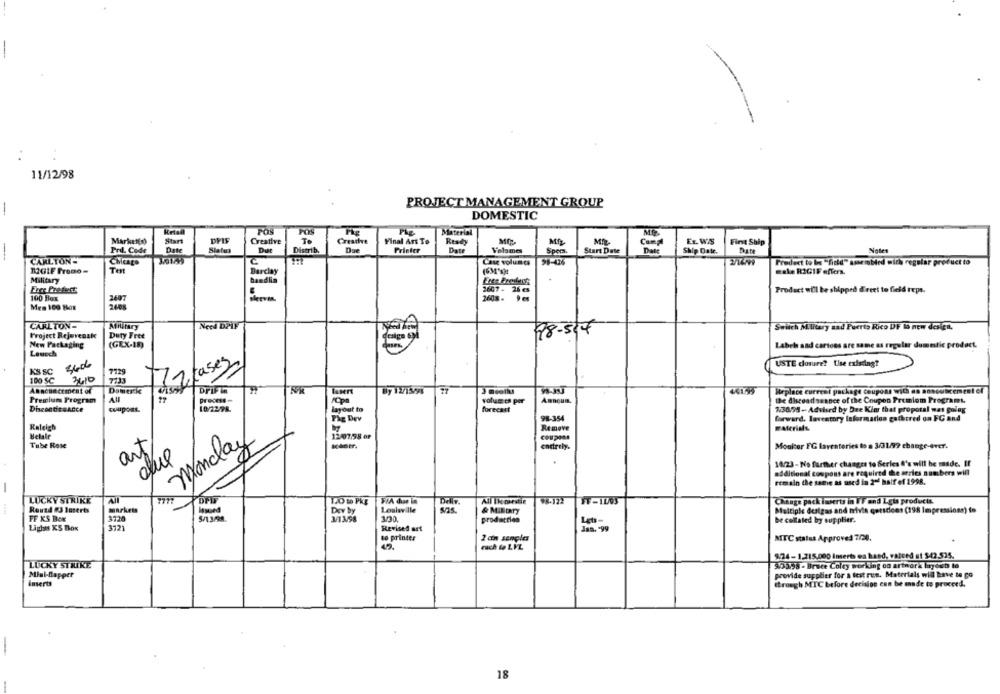
11/12/98
PROJECT MANAGEMENT GROUP
DOMESTIC
POS
Material
Market(s)
Start
DPIS
Creative
To
Creache
Final Art To
Ready
EL WIS
Fint Ship
Prd. Code
Date
Status
Distri b.
Printer
Date
Valsmes
Start Date
Ship Date.
Notes
-
CARLTON-
Chicago
Case volumes
Fredect to be "fidid" assembled with regular product to
12GIF Promo -
Tent
wake RIGIF offers.
Military
2607. 26 es
Product will be shipped direct to field reps.
100 Box
3607
Men 100 Box
2408
CARLTON-
Military
Switch Military sad Puerto Rico DF la new design,
98-514
Project Rejuvensk
Duty Free
New Packaging
(GEX-19)
Label and cartons are same as regular dummtic product.
Lawech
3406
Sac
USTE dosure? Use existing?
K'S SC
7729
100 SC
Announcement of
DrIF in
3 mooth
44159
Replace Current package coupons with an announcement of
Premium Program
Process-
volumes por
Amnoum.
the discoadseance of the Coupon Premiom Programs.
DisconticaAnce
coupons.
10729L
forecast
7.3058 - Advird by Dre Kim that proposal was going
98-354
forward, laventory Information gathered on FC and
RE Dev
Raleigh
materias
Belale
12/07:58 or
coupons
Tube Rose
art
monday
endrely.
Monitor FG laventeries to a 3/31/99 change-ever.
10/23 - No farther changes to Series #'s will be made. If
additional coupons are required the arries numbers will
remain the same as used in 2- half of 1998.
LUCKY STRIKE
140 to Pkg
FIA dun in
All Ikmestie
98.122
Change pack inserts in FF and Lets products.
Round #3 Baserts
markets
Issued
Louisville
sas.
& MIBIRTy
Multiple designs and trivia questions (198 Impressions) to
FF KS BOK
3730
5/13/98.
130
production
be collated by supplier.
Lighus KS Box
3721
Revised art
Jan, - 99
to printer
2 cin samples
MITC status Approved 7/20.
each & LVL
924-1.215.000 Imerts ea hand, valued at $42.525.
LUCKY STRIKE
59398 - Brace Coley working on artwork layout to
Miul-Dopper
provide supplier for a test run. Materials will have to go
Inserts
through MTC before decision can be made to proceed.
18